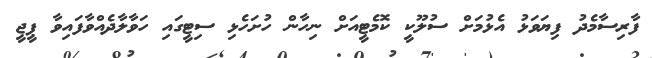
ފާރިސާމެދު ފިޔަވަޅު އެޅުމަށް ސުލޫކީ ކޮމެޓީއަށް ނިހާން ހުށަހެޅި ސިޓީގައި ހަވާލާދެއްވާފައިވާ ޕީޖީ